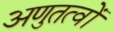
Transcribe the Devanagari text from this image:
अणुतत्वों